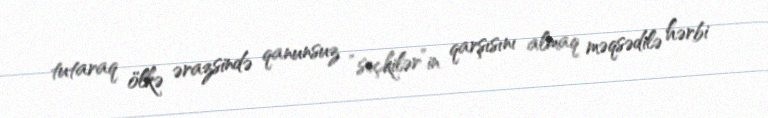
tutaraq ölkə ərazsində qanunsuz “seçkilər”in qarşısını almaq məqsədilə hərbi